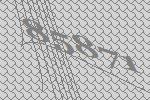
85871